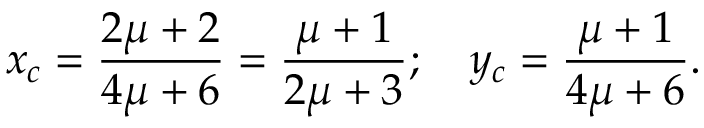
x _ { c } = \frac { 2 \mu + 2 } { 4 \mu + 6 } = \frac { \mu + 1 } { 2 \mu + 3 } ; \quad y _ { c } = \frac { \mu + 1 } { 4 \mu + 6 } .